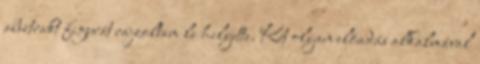
absztrakt figurát rajzoltam le helyette. Két olyan elõadás alkalmával